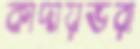
কাদায়ভরা